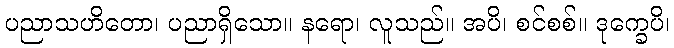
ပညာသဟိတော၊ ပညာရှိသော။ နရော၊ လူသည်။ အပိ၊ စင်စစ်။ ဒုက္ခေပိ၊